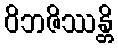
ဝိဘဇိဿန္တိ